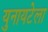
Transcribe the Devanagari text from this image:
युनायटेला